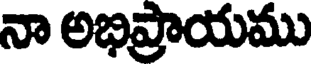
నా అభిప్రాయము